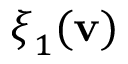
\boldsymbol { \xi } _ { 1 } ( \mathbf { v } )